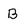
Character: B